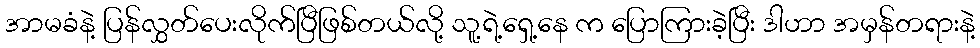
အာမခံနဲ့ ပြန်လွှတ်ပေးလိုက်ပြီဖြစ်တယ်လို့ သူ့ရဲ့ရှေ့နေ က ပြောကြားခဲ့ပြီး ဒါဟာ အမှန်တရားနဲ့